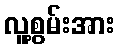
လူ့စွမ်းအား